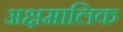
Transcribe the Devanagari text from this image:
अक्षमालिक